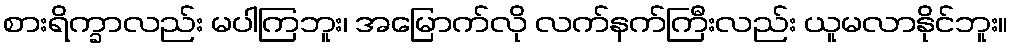
စားရိက္ခာလည်း မပါကြဘူး၊ အမြောက်လို လက်နက်ကြီးလည်း ယူမလာနိုင်ဘူး။